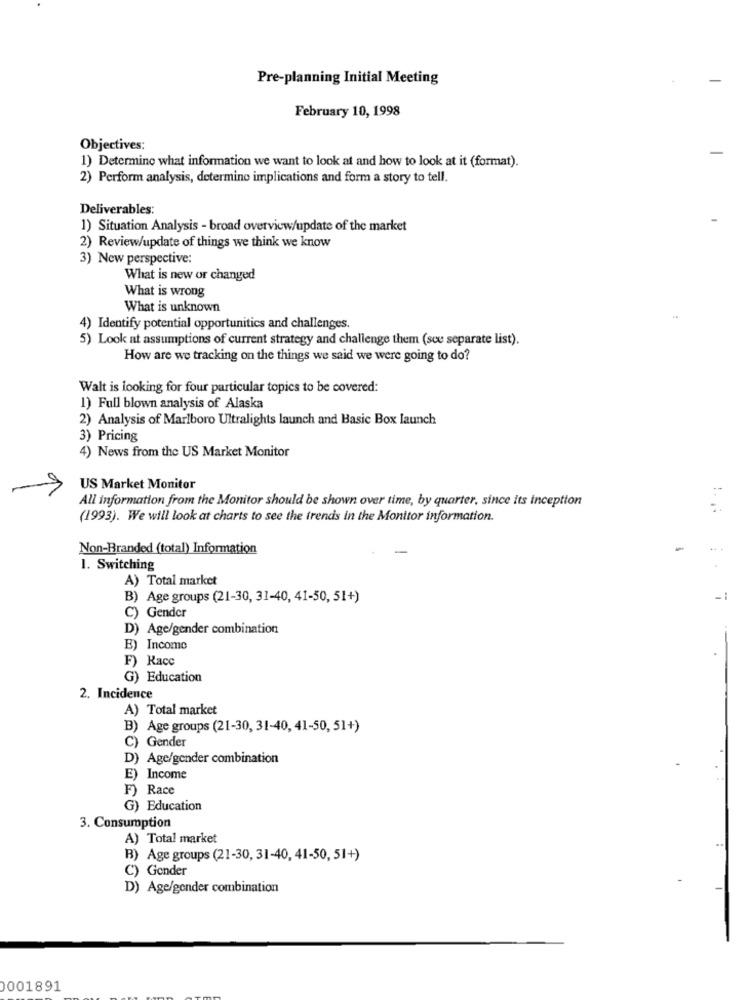
Pre-planning Initial Meeting
February 10, 1998
Objectives:
1) Determine what information we want to look at and how to look at it (format).
2) Perform analysis, determine implications and form a story to tell.
Deliverables:
1) Situation Analysis - broad overview/update of the market
2) Review/update of things we think we know
3) New perspective:
What is new or changed
What is wrong
What is unknown
..
4) Identify potential opportunities and challenges
5) Look at assumptions of current strategy and challenge them (sce separate list).
How are we tracking on the things we said we were going to do?
Walt is looking for four particular topics to be covered:
1) Full blown analysis of Alaska
2) Analysis of Marlboro Ultralights launch and Basic Box launch
3) Pricing
4) News from the US Market Monitor
US Market Monitor
All information from the Monitor should be shown over time, by quarter, since its inception
(1993). We will look at charts to see the trends in the Monitor information.
Non-Branded (total) Information
-
1. Switching
A) Total market
B) Age groups (21-30, 31-40, 41-50, 51+)
C) Gender
D) Age/gender combination
B) Income
F) Racc
G) Education
2. Incidence
A) Total market
B) Age groups (21-30, 31-40, 41-50, 51+)
C) Gender
D) Age/gender combination
E) Income
F) Race
G) Education
3. Consumption
A) Total market
B) Age groups (21-30, 31-40, 41-50, 51+)
C) Gender
D) Age/gonder combination
0001891